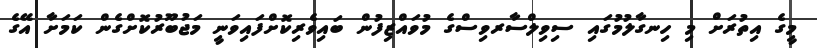
މީގެ އިތުރަށް މި ހިނގާލުުމުގައި ސިިވިލްސާރވިސްގެ މުވައްޒިފުން ބައިވެރިކޮށްފައިވަނީ މަޖުބޫރުކޮށްގެން ކަމަށާ އޭގެ